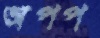
অপপ